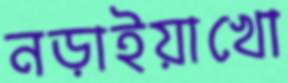
নড়াইয়াখো